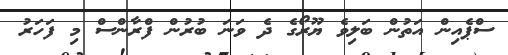
ސްޕެއިން އަތުން ބަލިވެ ޔޫރޯގެ ދެ ވަނަ ބުރުން ފްރާންސް މި ފަހަރު